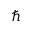
\hbar